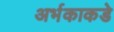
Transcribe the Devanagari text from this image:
अर्भकाकडे